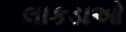
લાકડાઓ